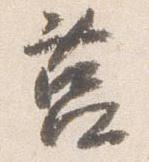
莒